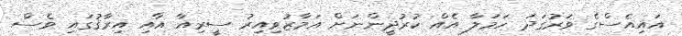
އައިއެސްގެ ވަރުގަދަ ހަމަލާ އެއް ކުރުދީންނަށް އަމާޒުވިއިރު ސީރިއާ އާއި އިރާޤުގައި ވެސް